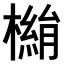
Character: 𣚓